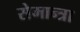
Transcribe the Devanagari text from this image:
सेमान्त्रा